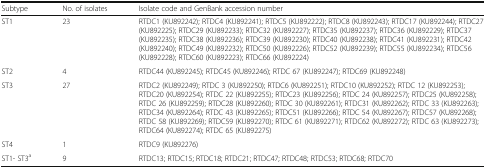
<table><thead><tr><td><b>Subtype</b></td><td><b>No. of isolates</b></td><td><b>Isolate code and GenBank accession number</b></td></tr></thead><tbody><tr><td>ST1</td><td>23</td><td>RTDC1 (KU892242); RTDC4 (KU892241); RTDC5 (KU892222); RTDC8 (KU892243); RTDC17 (KU892244); RTDC27 (KU892225); RTDC29 (KU892233); RTDC32 (KU892227); RTDC35 (KU892237); RTDC36 (KU892229); RTDC37 (KU892235); RTDC38 (KU892236); RTDC39 (KU892230); RTDC40 (KU892238); RTDC41 (KU892231); RTDC42 (KU892240); RTDC49 (KU892232); RTDC50 (KU892226); RTDC52 (KU892239); RTDC55 (KU892234); RTDC56 (KU892228); RTDC60 (KU892223); RTDC66 (KU892224)</td></tr><tr><td>ST2</td><td>4</td><td>RTDC44 (KU892245); RTDC45 (KU892246); RTDC 67 (KU892247); RTDC69 (KU892248)</td></tr><tr><td>ST3</td><td>27</td><td>RTDC2 (KU892249); RTDC 3 (KU892250); RTDC6 (KU892251); RTDC10 (KU892252); RTDC 12 (KU892253); RTDC20 (KU892254); RTDC 22 (KU892255); RTDC23 (KU892256); RTDC 24 (KU892257); RTDC25 (KU892258); RTDC 26 (KU892259); RTDC28 (KU892260); RTDC 30 (KU892261); RTDC31 (KU892262); RTDC 33 (KU892263); RTDC34 (KU892264); RTDC 43 (KU892265); RTDC51 (KU892266); RTDC 54 (KU892267); RTDC57 (KU892268); RTDC 58 (KU892269); RTDC59 (KU892270); RTDC 61 (KU892271); RTDC62 (KU892272); RTDC 63 (KU892273); RTDC64 (KU892274); RTDC 65 (KU892275)</td></tr><tr><td>ST4</td><td>1</td><td>RTDC9 (KU892276)</td></tr><tr><td>ST1- ST3<sup>a</sup></td><td>9</td><td>RTDC13; RTDC15; RTDC18; RTDC21; RTDC47; RTDC48; RTDC53; RTDC68; RTDC70</td></tr></tbody></table>